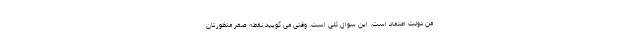
من دولت اعتماد است. این سوال کلی است. وقتی می گویید نقطه صفر منظورتان